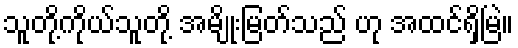
သူတို့ကိုယ်သူတို့ အမျိုးမြတ်သည် ဟု အထင်ရှိမြဲ။